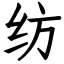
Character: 纺